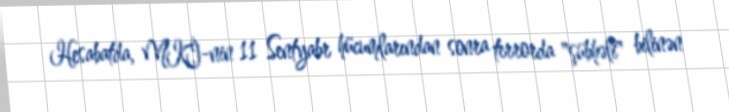
Hesabatda, MKİ-nin 11 Sentyabr hücumlarından sonra terrorda "şübhəli" bilinən